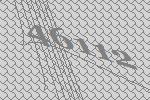
46112